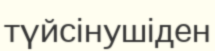
түйсінушіден